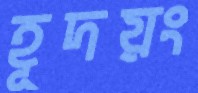
হূদয়ং